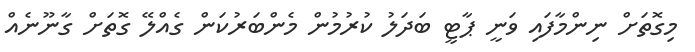
މިގޮތަށް ނިންމާފައި ވަނީ ޕާޓީ ބަދަލު ކުރުމުން މެންބަރުކަން ގެއްލޭ ގޮތަށް ގާނޫނެއް